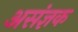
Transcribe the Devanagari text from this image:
असंज्ञक